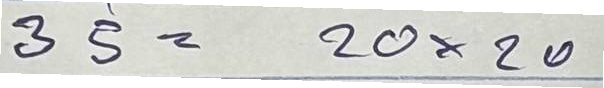
35 = 20x20